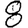
Digit: 8